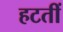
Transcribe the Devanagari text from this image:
हटतीं